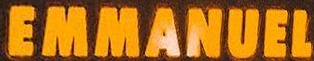
EMMANUEL